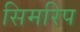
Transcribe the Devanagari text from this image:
सिमरिप